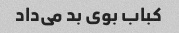
کباب بوی بد می‌داد